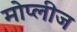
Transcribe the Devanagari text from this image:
मोप्लीज